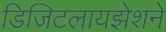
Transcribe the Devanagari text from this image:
डिजिटलायझेशने